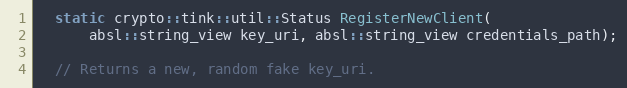
Language: C
  static crypto::tink::util::Status RegisterNewClient(
      absl::string_view key_uri, absl::string_view credentials_path);

  // Returns a new, random fake key_uri.